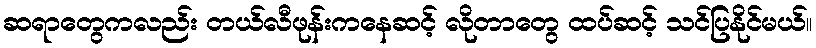
ဆရာတွေကလည်း တယ်လီဖုန်းကနေဆင့် လိုတာတွေ ထပ်ဆင့် သင်ပြနိုင်မယ်။